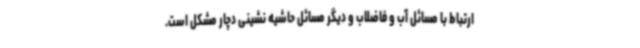
ارتباط با مسائل آب و فاضلاب و دیگر مسائل حاشیه نشینی دچار مشکل است.